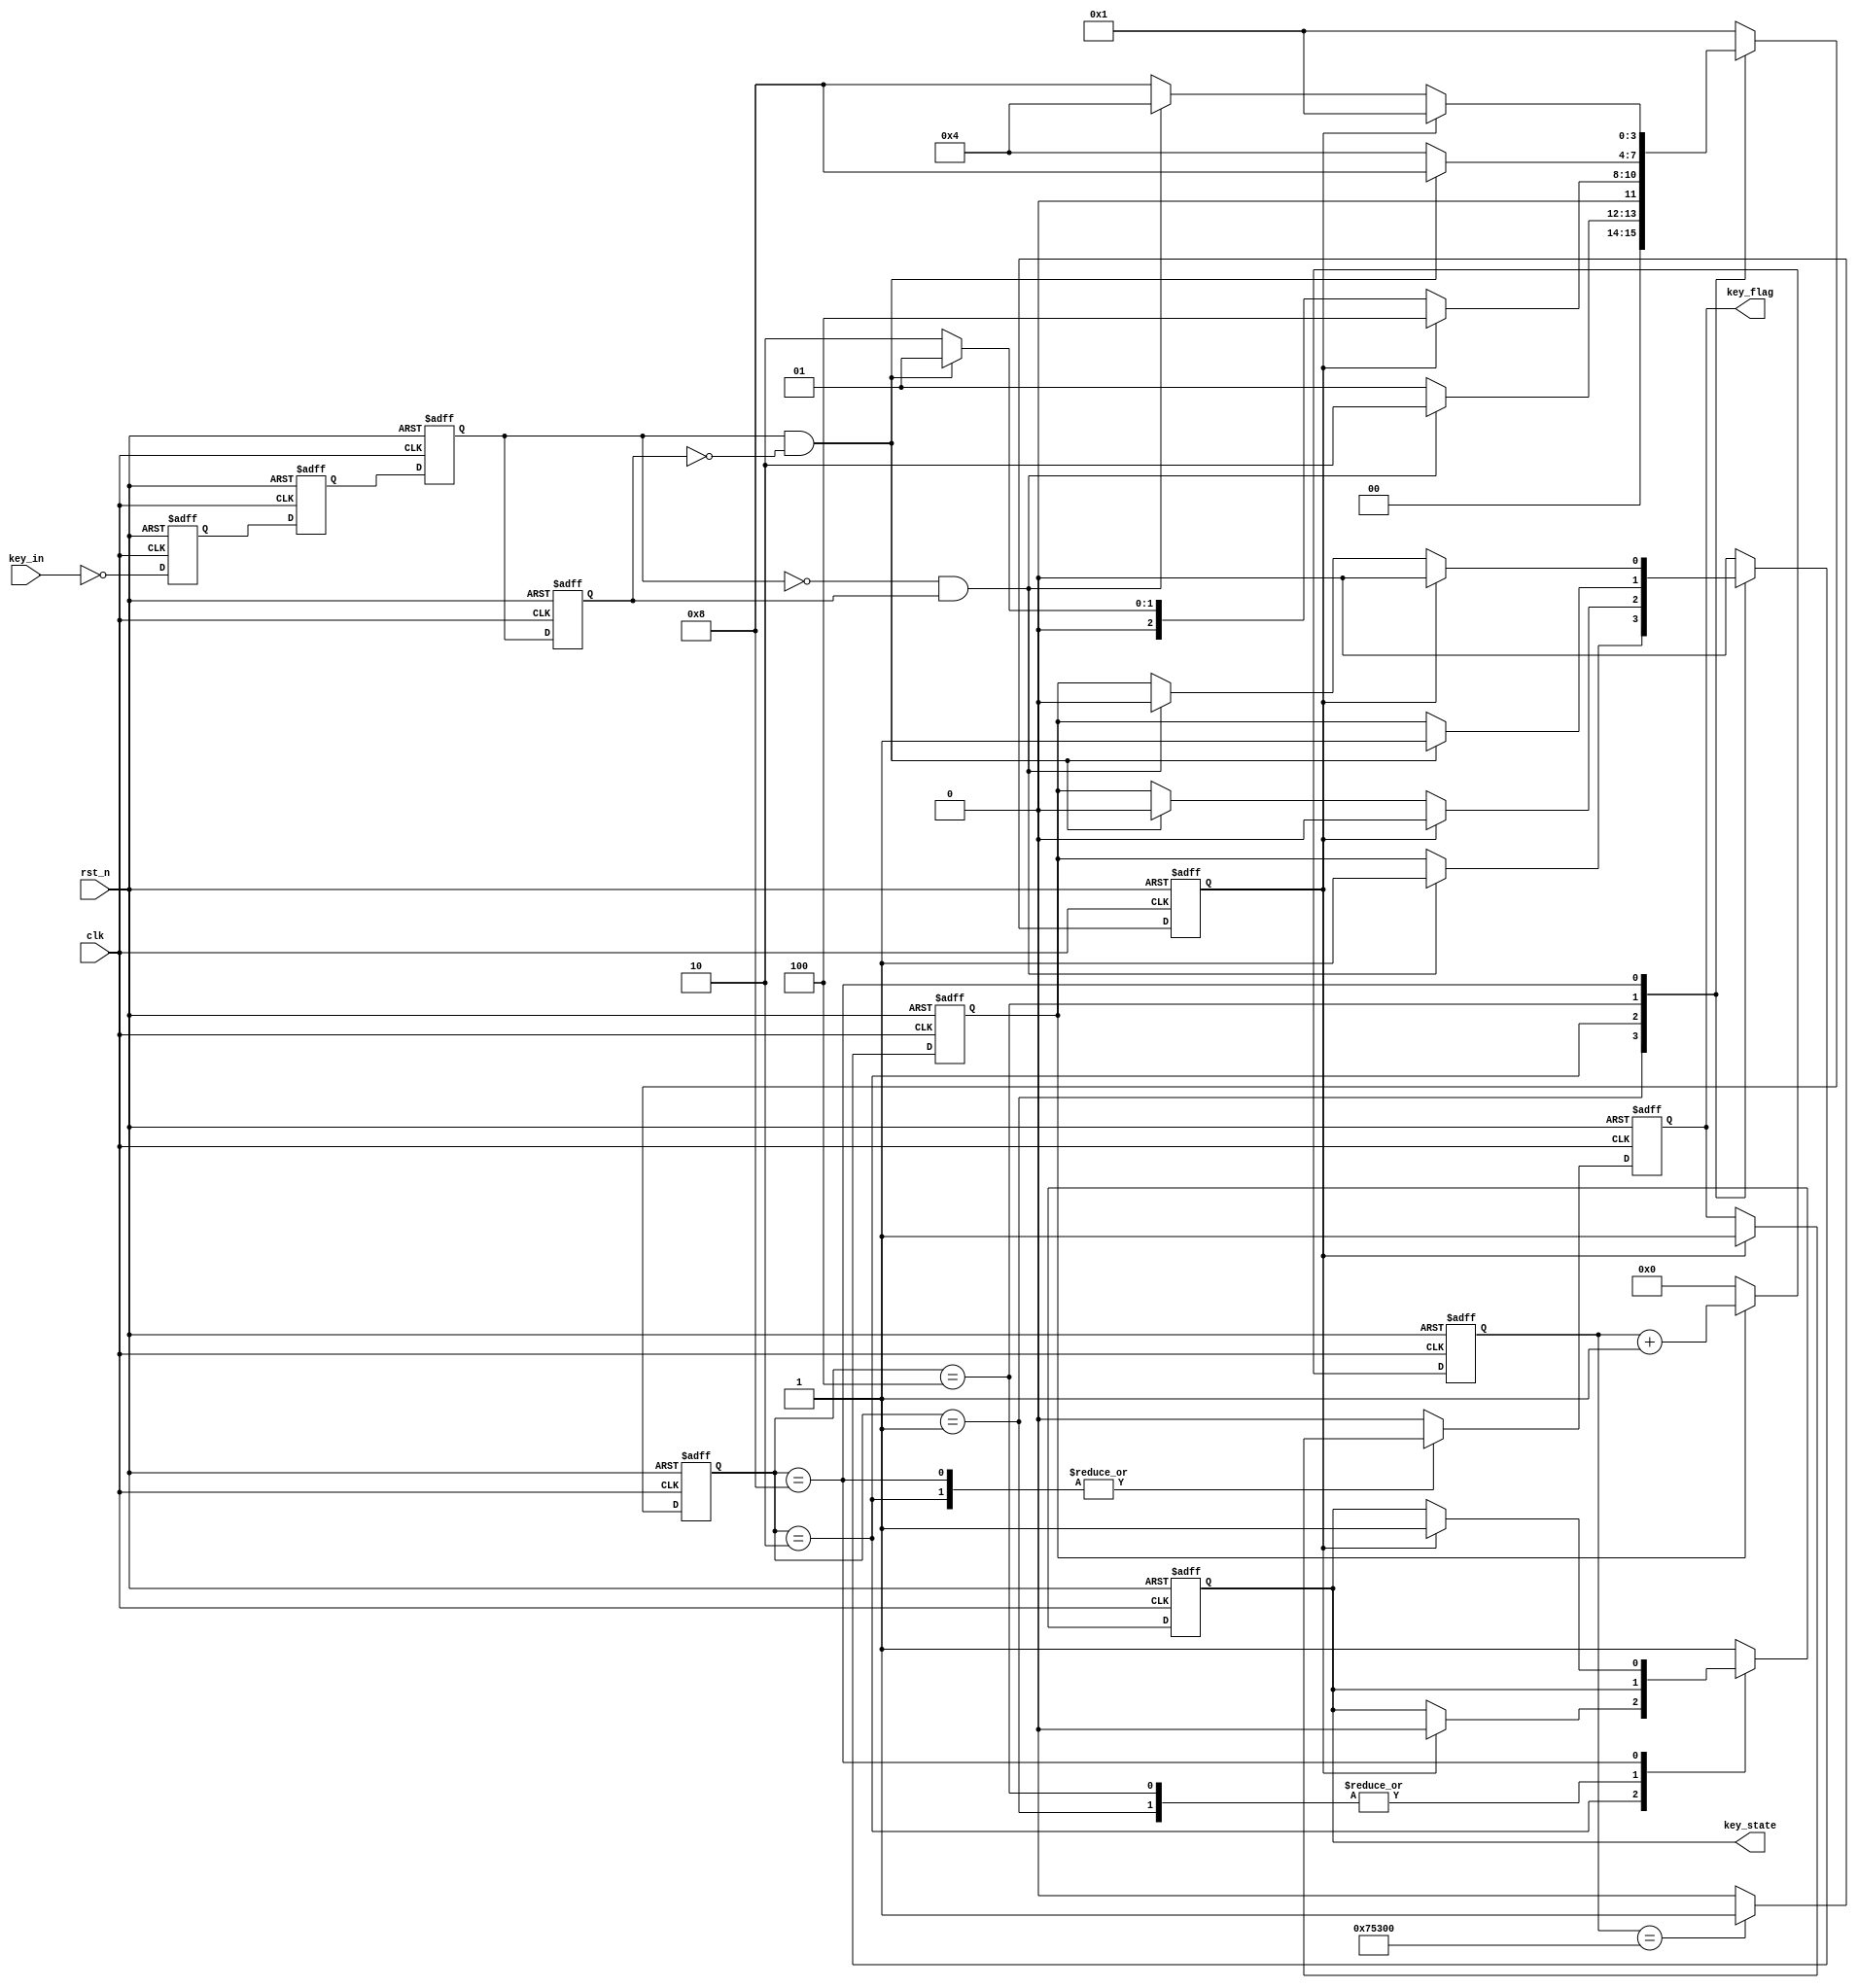
`timescale 1ns / 1ps
//////////////////////////////////////////////////////////////////////////////////
// Company: 
// Engineer: 
// 
// Design Name: 
// Module Name:    key_filter_1
// Project Name: 
// Target Devices: 
// Tool versions: 
// Description: 
//
// Dependencies: 
//
// Revision: 
// Revision 0.01 - File Created
// Additional Comments: 
//
//////////////////////////////////////////////////////////////////////////////////
module key_filter_1(  //filter  n: v:
    clk,rst_n,key_in,key_flag,key_state);
    input clk;
	input rst_n;
	input key_in;
	output reg key_flag;      // 
	output reg key_state;    //
	
	parameter IDEA=4'b0001;     //
	parameter FILTER1=4'b0010;   //0ms
	parameter DOWN=4'b0100;      // 
	parameter FILTER2=4'b1000;    // 20ms
	
	parameter cnt_figure=20'd480000;    //20ms
                                         //figure(n:v
	//parameter cnt_figure=20'd49;    // 

	reg key_in_a,key_in_b;       //
	reg key_tmp_a,key_tmp_b;       //
	reg[19:0] cnt;   //20ms
	reg en_cnt;    // 20ms
	reg cnt_full;  //20ms
	wire nedge,podge;     //)
	reg [3:0] state;             //
	// 
	always@(posedge clk or negedge rst_n)
	begin
	if(!rst_n)
		begin
		key_in_a<=1'b0;
		key_in_b<=1'b0;
		end
	else
		begin
		key_in_a<=~key_in;
		key_in_b<=key_in_a;
		end
	end
	//
	//D
	always@(posedge clk or negedge rst_n)
	begin
	if(!rst_n)
		begin
		key_tmp_a<=1'b0;
		key_tmp_b<=1'b0;
		end
	else
		begin
		key_tmp_a<=key_in_b;
		key_tmp_b<=key_tmp_a;
		end
	end
	//
	assign nedge=(!key_tmp_a)&key_tmp_b;   //
	assign podge=key_tmp_a&(!key_tmp_b);   //
	// 20ms
	always@(posedge clk or negedge rst_n)
	begin
	if(!rst_n)
		cnt<=20'd0;
	else if(en_cnt)
		cnt<=cnt+1'b1;
	else
		cnt<=20'd0;
	end
	//20ms
	always@(posedge clk or negedge rst_n)
	begin
	if(!rst_n)
		cnt_full<=1'b0;
	else if(cnt==cnt_figure)
		cnt_full<=1'b1;
	else 
		cnt_full<=1'b0;
	end
	
	//
	always@(posedge clk or negedge rst_n)
	begin
	if(!rst_n)
		begin
		state<=IDEA;
		en_cnt<=1'b0;
		key_flag<=1'b0;
		key_state<=1'b1;
		end
	else
		begin
		case(state)
		IDEA :
			begin
			key_flag<=1'b0;
			if(nedge)
				begin
				state<=FILTER1;
				en_cnt<=1'b1;
				end
			else
				state<=IDEA;
			end
		FILTER1 :
			begin
			if(cnt_full)
				begin
				state<=DOWN;
				key_flag<=1'b1;
				key_state<=1'b0;
				en_cnt<=1'b0;
				end
			else if(podge)
				begin
				state<=IDEA;
				en_cnt<=1'b0;
				end
			else
				state<=FILTER1;
			end
		
		DOWN :
			begin
			key_flag<=1'b0;
			if(podge)
				begin
				state<=FILTER2;
				en_cnt<=1'b1;
				end
			else
				state<=DOWN;
			end
		FILTER2 :
			begin
			if(cnt_full)
				begin
				state<=IDEA;
				key_flag<=1'b1;
				key_state<=1'b1;
				en_cnt<=1'b0;
				end
			else if(nedge)
				begin
				state<=DOWN;
				en_cnt<=1'b0;
				end
			else
				state<=FILTER2;
			end
		default:
			begin
			state<=IDEA;
			en_cnt<=1'b0;
			key_flag<=1'b0;
			key_state<=1'b1;
			end
		endcase
		end
	
	end


endmodule